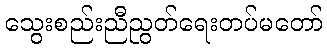
သွေးစည်းညီညွတ်ရေးတပ်မတော်